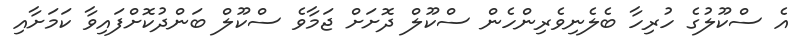
އެ ސްކޫލުގެ ހުރިހާ ބެލެނިވެރިންހެން ސްކޫލް ދޮށަށް ޖަމާވެ ސްކޫލް ބަންދުކޮށްފައިވާ ކަމަށާއި